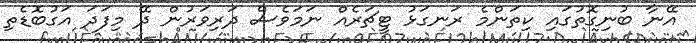
އޭނާ ބުނިގޮތުގައި ކިތަންމެ ރަނގަޅު ޓީޗަރެއް ނަމަވެސް ދަރިވަރުން ދޭ މިފަދަ އަގުބޮޑެތި